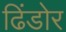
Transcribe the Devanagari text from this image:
ढिंडोर